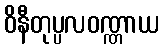
ဝိနီတုပ္ပလဝဏ္ဏာယ